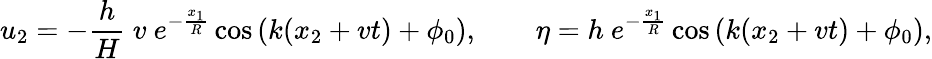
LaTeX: u_{2}=-\frac{h}{H}\ v\ e^{-\frac{x_{1}}{R}}\cos{\left(k(x_{2}+vt)+\phi_{0}\right)},\qquad\eta=h\ e^{-\frac{x_{1}}{R}}\cos{\left(k(x_{2}+vt)+\phi_{0}\right)},